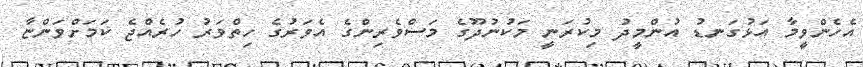
އެހެންވީމާ އަޅުގަނޑު އުންމީދު މިކުރަނީ މަކުނުދޫގެ މަސްވެރިންގެ އެވަރުގެ ހިތްވަރު ހުރެއްޖެ ކަމަށްވަންޏާ